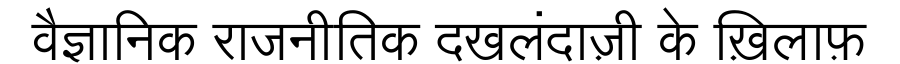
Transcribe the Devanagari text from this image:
वैज्ञानिक राजनीतिक दखलंदाज़ी के ख़िलाफ़